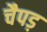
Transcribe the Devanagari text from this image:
चैपड़